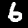
Label: 6